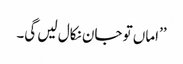
’’اماں تو جان نکال لیں گی۔